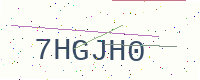
Text: 7HGJH0